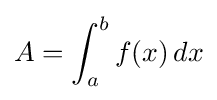
A=\int _{a}^{b}f(x)\,dx